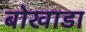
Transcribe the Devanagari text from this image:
बोखाडा